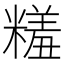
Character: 𬖱